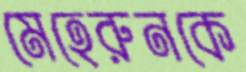
মেহেরুনকে